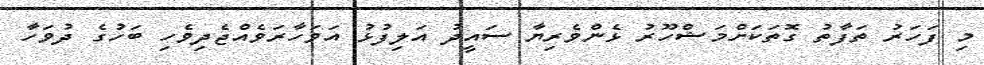
މި ފަހަރު ތަފާތު ގޮތަކަށްމަޝްހޫރު ޅެންވެރިޔާ ސައީދު އަލިފުޅު އަވަހާރަވެއްޖެދިވެހި ބަހުގެ ދުވަހާ